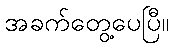
အခက်တွေ့ပေပြီ။